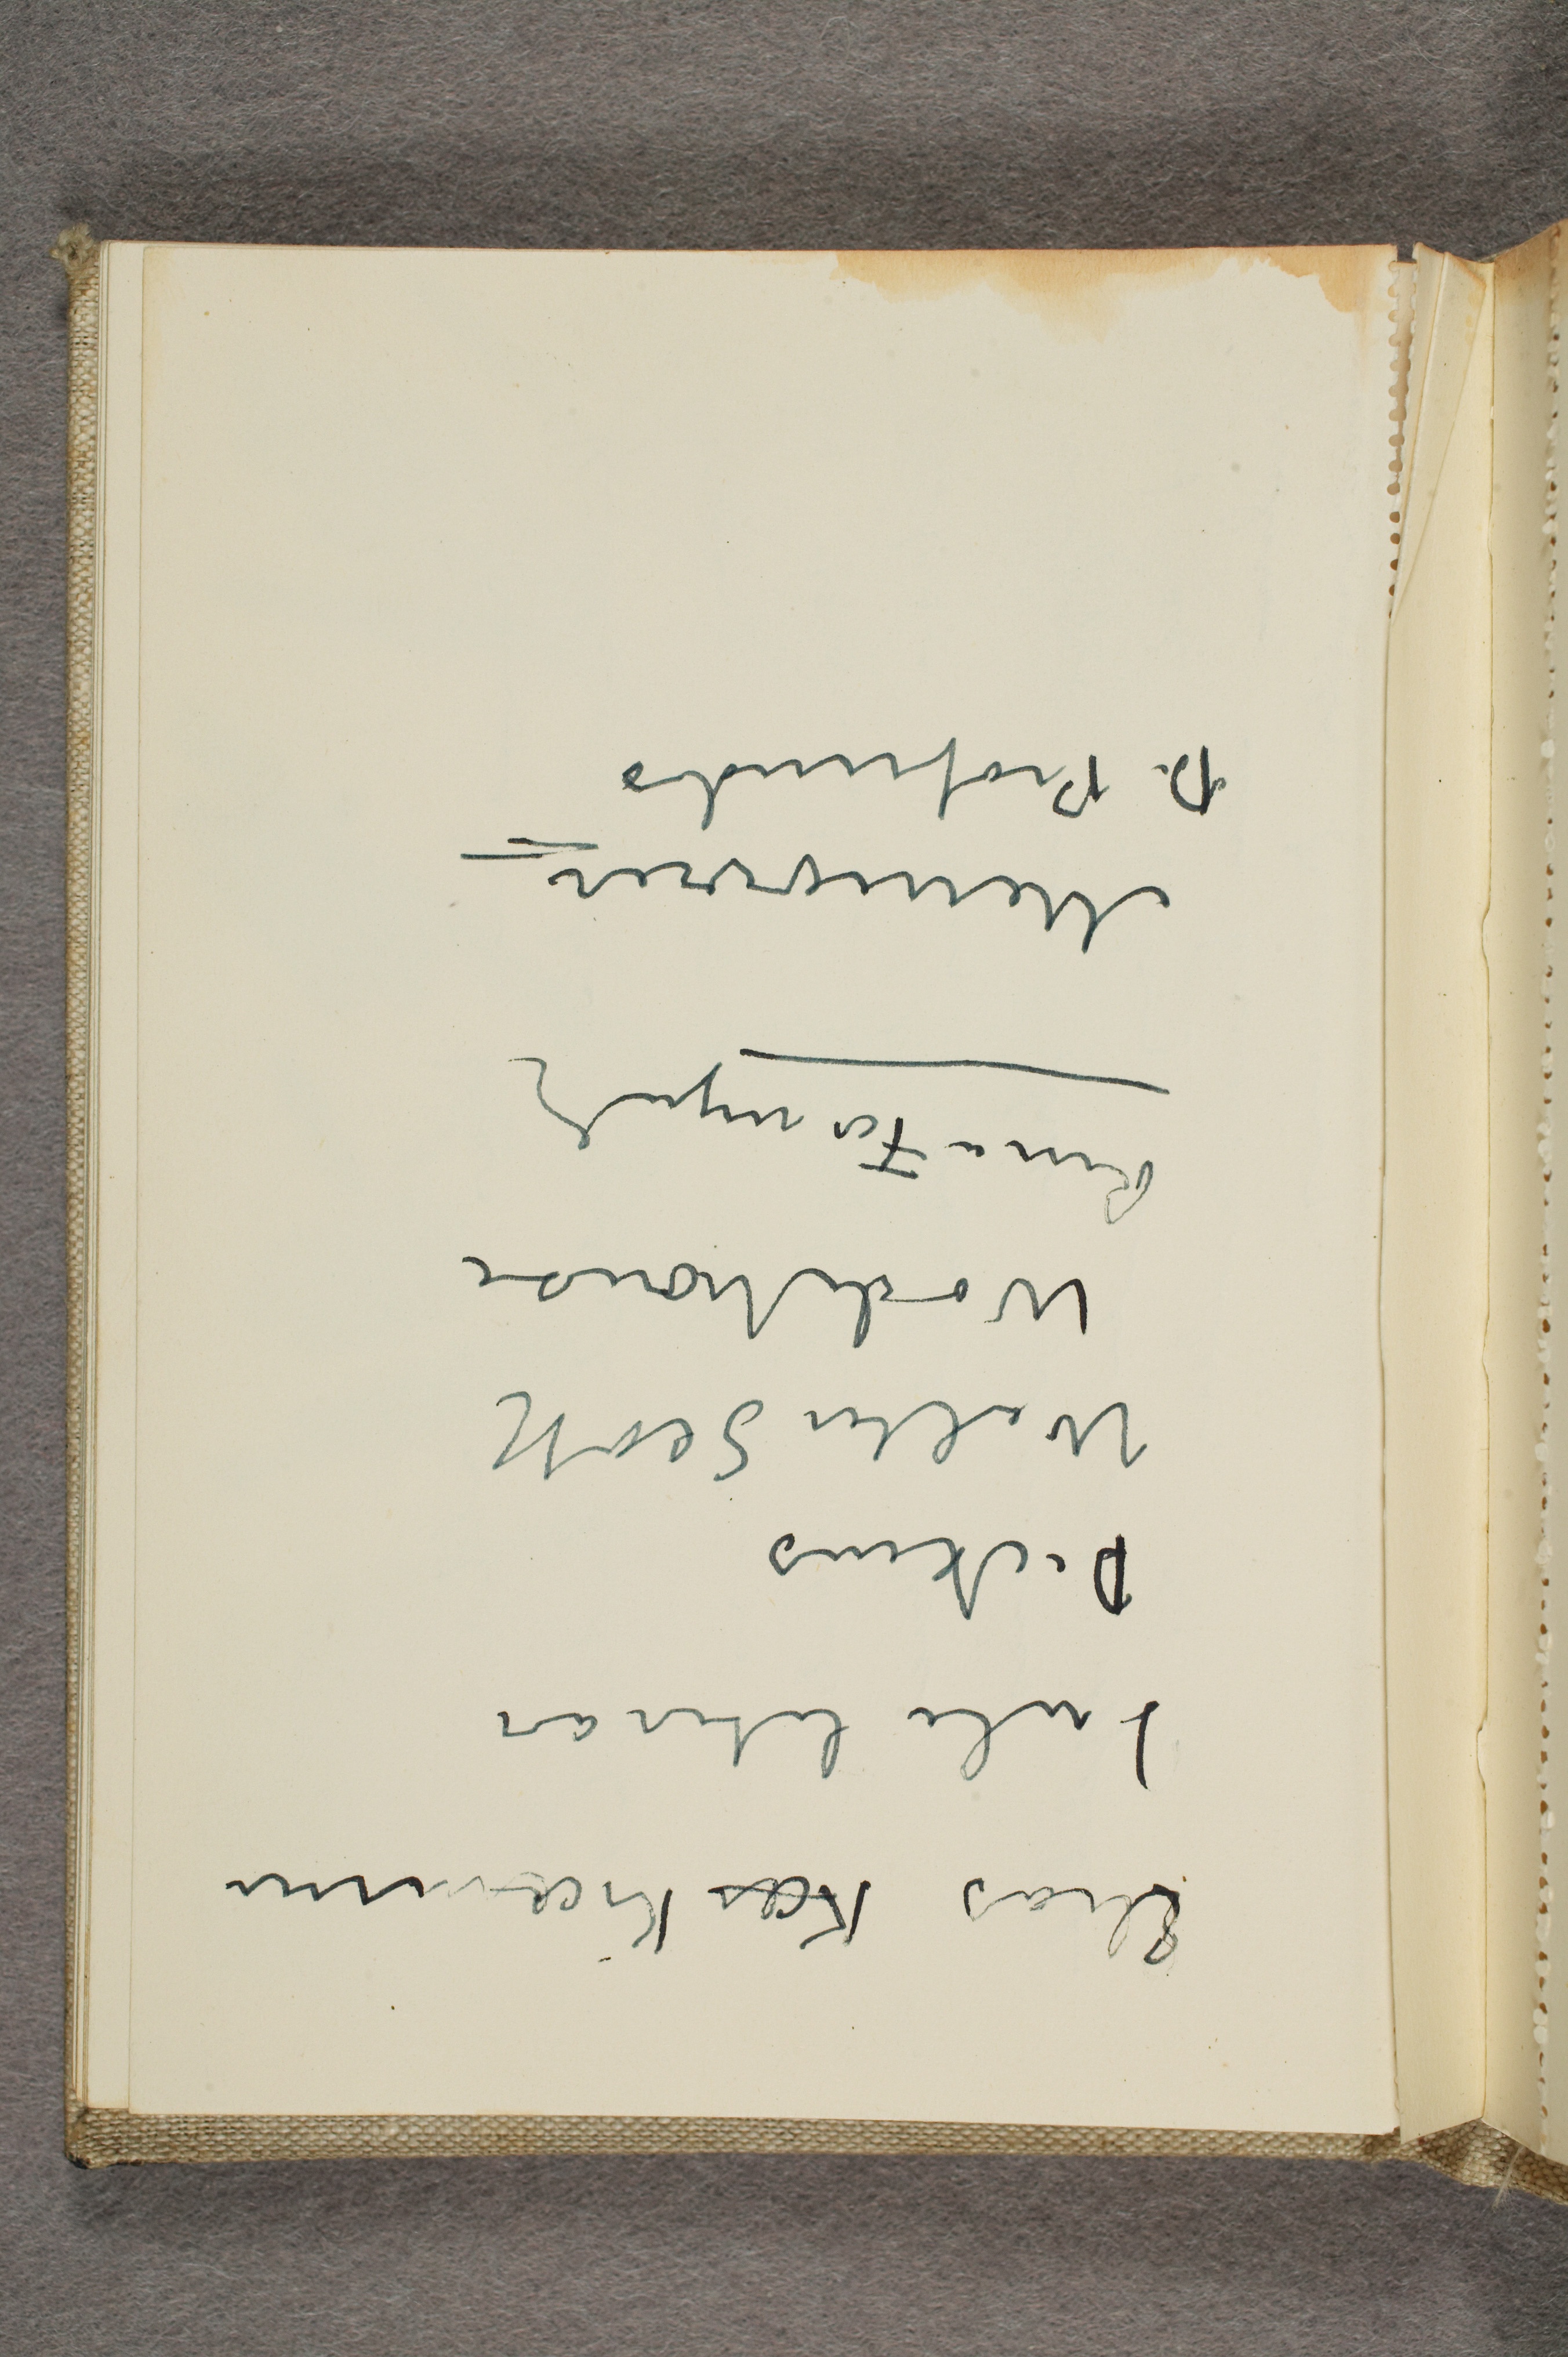
Elias Kær Kræmmer
Jule literar
Dickens
Walter Scott
Wodehouse
R... Formynder
Memoirer
Di profundis